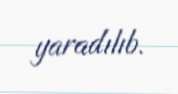
yaradılıb.